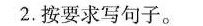
2.按要求写句子。